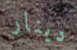
دينار